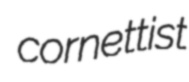
cornettist